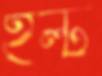
হল্ট